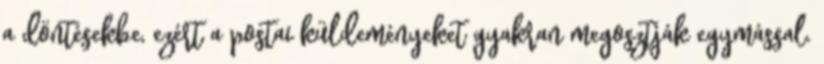
a döntésekbe, ezért a postai küldeményeket gyakran megosztják egymással.